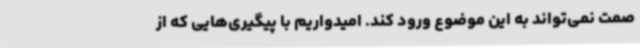
صمت نمی‌تواند به این موضوع ورود کند. امیدواریم با پیگیری‌هایی که از